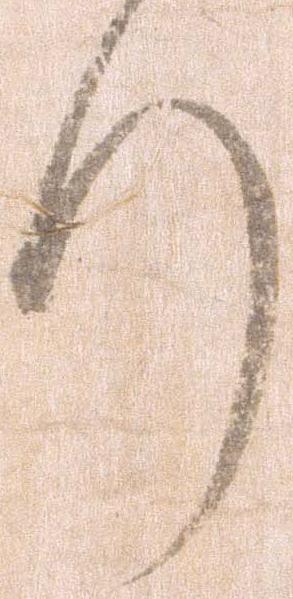
り